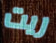
ريت